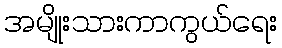
အမျိုးသားကာကွယ်ရေး